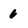
Character: 6